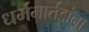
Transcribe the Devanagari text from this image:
धर्ममार्तंडांना